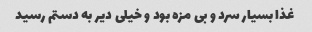
غذا بسیار سرد و بی مزه بود و خیلی دیر به دستم رسید